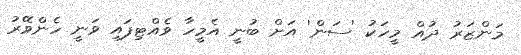
މަންޒަރު ދުއް މީހަކު 'ސަން' އަށް ބުނީ އެމީހާ ވެއްޓިފައި ވަނީ ހެންވޭރު